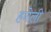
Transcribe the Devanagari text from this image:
हनेली